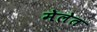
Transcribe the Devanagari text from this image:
मेलेत